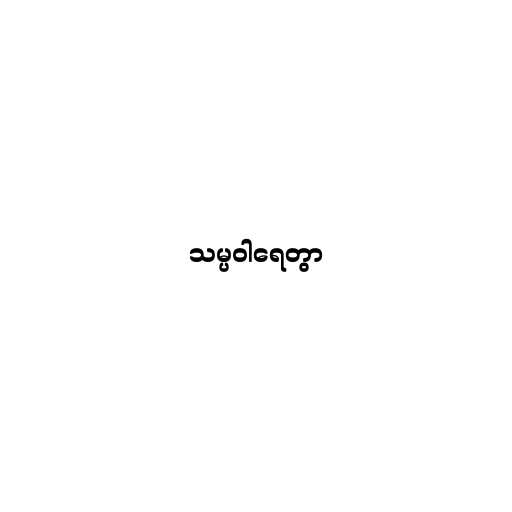
သမ္ပဝါရေတွာ